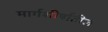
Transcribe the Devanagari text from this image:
मार्गशीर्षातील